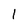
Character: 1